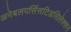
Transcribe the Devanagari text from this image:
अनेबलपर्सिसटिडसिलेक्शन